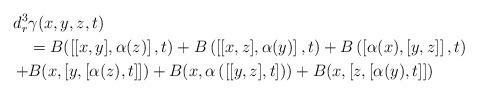
LaTeX: \begin{align*}d_{r}^3&\gamma(x,y,z,t)\\&=B(\left[ [x,y],\alpha(z)\right] ,t)+B\left( \left[ [x,z],\alpha(y)\right] ,t\right) +B\left( \left[ \alpha(x),[y,z]\right] ,t\right) \\+&B(x,\left[ y,[\alpha(z),t]\right] )+B(x, \alpha\left(\left[ [y,z],t\right] \right))+B(x,\left[ z,[\alpha(y),t]\right] )\end{align*}